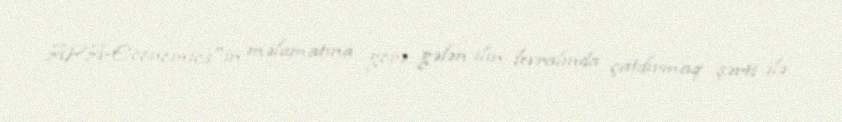
APA-Economics"in məlumatına görə, gələn ilin fevralında çatdırmaq şərti ilə